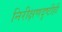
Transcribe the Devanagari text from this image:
निरीक्षणदृष्टीही